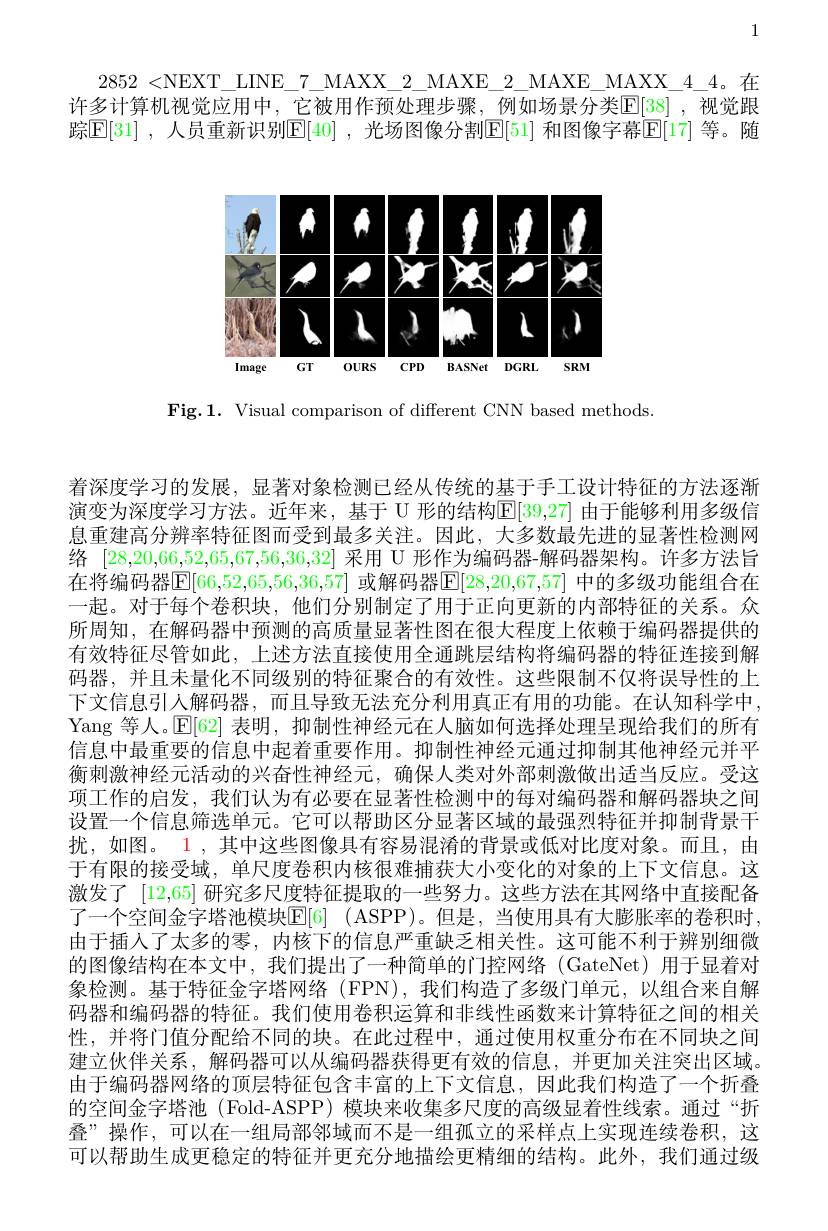
1

2852<NEXT\_LINE\_7\_MAXX\_2\_MAXE\_2\_MAXE\_MAXX\_4\_4。在许多计算机视觉应用中，它被用作预处理步骤，例如场景分类E[38],视觉跟踪$\mathbb{E}[31]$ ,人员重新识别$\mathbb{E}[40]$ ,光场图像分割$\mathbb{E}[51]$ 和图像字幕$|\mathbb{E}|$17| 等。随

<FigureHere>

Fig.1. Visual comparison of different CNN based methods

着深度学习的发展，显著对象检测已经从传统的基于手工设计特征的方法逐渐演变为深度学习方法。近年来，基于 U 形的结构E|E|39,27| 由于能够利用多级信息重建高分辨率特征图而受到最多关注。因此，大多数最先进的显著性检测网络[28,20,66,52,65,67,56,36,32]采用 U 形作为编码器-解码器架构。许多方法旨在将编码器$\mathbb{E}|$66,52,65,56,36,57| 或解码器$\mathbb{E}|$28,20,67,57] 中的多级功能组合在一起。对于每个卷积块，他们分别制定了用于正向更新的内部特征的关系。众所周知，在解码器中预测的高质量显著性图在很大程度上依赖于编码器提供的有效特征尽管如此，上述方法直接使用全通跳层结构将编码器的特征连接到解码器，并且未量化不同级别的特征聚合的有效性。这些限制不仅将误导性的上下文信息引人解码器，而且导致无法充分利用真正有用的功能。在认知科学中， Yang 等人。$\mathbb{E}[62]$表明，抑制性神经元在人脑如何选择处理呈现给我们的所有信息中最重要的信息中起着重要作用。抑制性神经元通过抑制其他神经元并平衡刺激神经元活动的兴奋性神经元，确保人类对外部刺激做出适当反应。受这项工作的启发，我们认为有必要在显著性检测中的每对编码器和解码器块之间设置一个信息筛选单元。它可以帮助区分显著区域的最强烈特征并抑制背景干扰，如图。1 , 其中这些图像具有容易混淆的背景或低对比度对象。而且，由于有限的接受域，单尺度卷积内核很难捕获大小变化的对象的上下文信息。这激发了 [12,65] 研究多尺度特征提取的一些努力。这些方法在其网络中直接配备了一个空间金字塔池模块[E[6] (ASPP)。但是，当使用具有大膨胀率的卷积时， 由于插人了太多的零，内核下的信息严重缺乏相关性。这可能不利于辨别细微的图像结构在本文中，我们提出了一种简单的门控网络(GateNet)用于显着对象检测。基于特征金字塔网络 (FPN),我们构造了多级门单元，以组合来自解码器和编码器的特征。我们使用卷积运算和非线性函数来计算特征之间的相关性，并将门值分配给不同的块。在此过程中，通过使用权重分布在不同块之间建立伙伴关系，解码器可以从编码器获得更有效的信息，并更加关注突出区域。由于编码器网络的顶层特征包含丰富的上下文信息，因此我们构造了一个折叠的空间金字塔池 (Fold-ASPP) 模块来收集多尺度的高级显着性线索。通过“折叠”操作，可以在一组局部邻域而不是一组孤立的采样点上实现连续卷积，这可以帮助生成更稳定的特征并更充分地描绘更精细的结构。此外，我们通过级